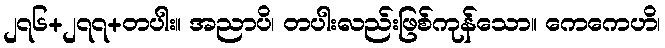
၂၇၆+၂၇၇+တပါး။ အညာပိ၊ တပါးလည်းဖြစ်ကုန်သော။ ကေကေဟိ၊